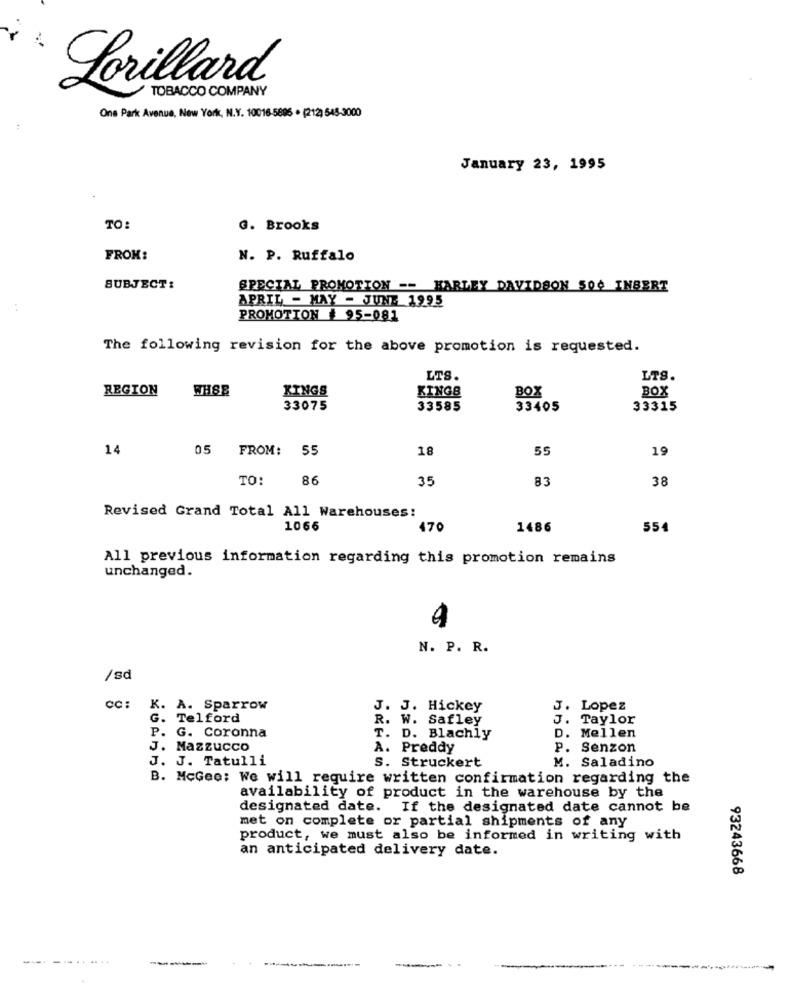
Lorillard
TOBACCO COMPANY
One Park Avenue, New York, N.Y. 10016-5895 · (212) 545-3000
January 23, 1995
TO:
G. Brooks
FROM:
N. P. Ruffalo
SUBJECT:
SPECIAL PROMOTION -- HARLEY DAVIDSON 500 INBERT
APRIL - MAY - JUNE 1995
PROMOTION # 95-081
The following revision for the above promotion is requested.
LTS.
LTS.
REGION
WHSE
KINGS
KINGS
BOX
BOX
33075
33585
33405
33315
14
05 FROM: 55
18
55
19
TO
86
35
83
38
Revised Grand Total All Warehouses:
1066
470
1486
554
All previous information regarding this promotion remains
unchanged.
N. P. R.
/sd
CC:
K. A. Sparrow
J. J. Hickey
J. Lopez
G. Telford
R. W. Safley
J. Taylor
P. G. Coronna
T. D. Blachly
D. Mellen
J. Mazzucco
A. Preddy
p. Senzon
J. J. Tatulli
M. Saladino
s. Struckert
B. McGee: We will require written confirmation regarding the
availability of product in the warehouse by the
designated date. If the designated date cannot be
met on complete or partial shipments of any
product, we must also be informed in writing with
an anticipated delivery date.
93243668